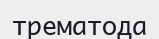
трематода